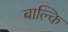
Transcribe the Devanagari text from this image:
बाल्कि